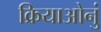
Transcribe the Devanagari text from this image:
क्रियाओनुं